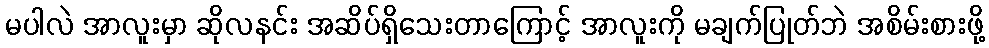
မပါလဲ အာလူးမှာ ဆိုလနင်း အဆိပ်ရှိသေးတာကြောင့် အာလူးကို မချက်ပြုတ်ဘဲ အစိမ်းစားဖို့